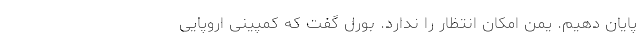
پایان دهیم. یمن امکان انتظار را ندارد. بورل گفت که کمپینی اروپایی